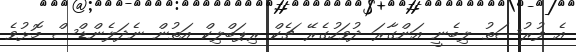
އެ ފުރުސަތު ލިބެނީ އަންގާރަ ދުވަހުގެރޭ ޗެކް ރިޕަބްލިކް އަތުން ނެދަލެންޑްސް މޮޅުވެ